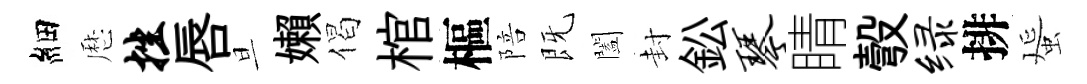
細厯挫唇旦嬾偈棺樞陪既闔封鈆琴睛彀绿排蜑